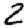
Digit: 2